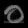
Digit: ၀